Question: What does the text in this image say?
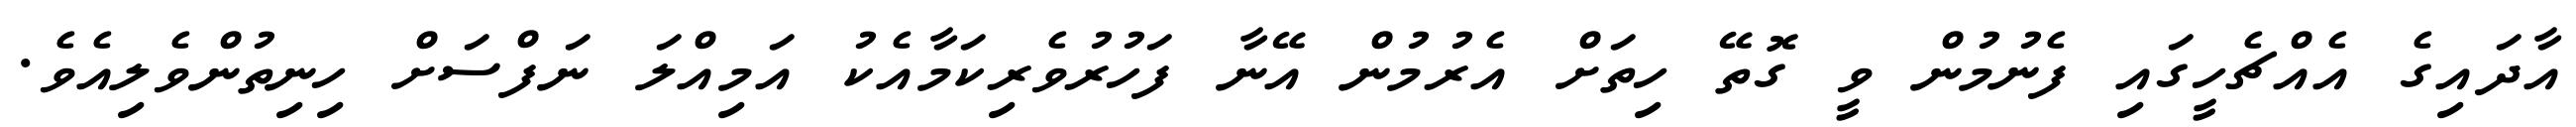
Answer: އާދައިގެ އެއްޗެހީގައި ފެނުމުން ވީ ގޮތޭ ހިތަށް އެރުމުން އޭނާ ފަހުރުވެރިކަމާއެކު އަމިއްލަ ނަފްސަށް ހިނިތުންވެލިއެވެ.